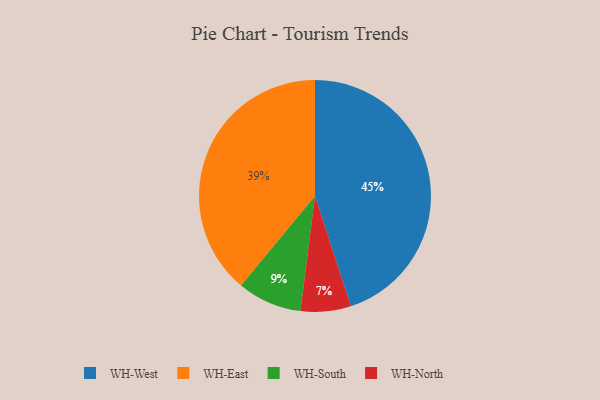
{"axis": {"x": "Category", "y": "Percentage"}, "legend": ["WH-East", "WH-North", "WH-South", "WH-West"], "data": [{"x": "WH-North", "y": 7, "type": "WH-North"}, {"x": "WH-East", "y": 39, "type": "WH-East"}, {"x": "WH-South", "y": 9, "type": "WH-South"}, {"x": "WH-West", "y": 45, "type": "WH-West"}]}